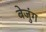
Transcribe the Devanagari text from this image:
बेजुंग